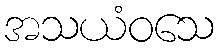
အသယံဝသေ